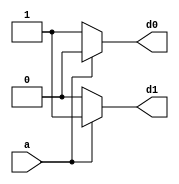
module decoder(a,d0,d1);
input a;
output reg d0,d1;
always @(*)begin
  if(a==1'b0)begin
   d0=1'b1;
   d1=1'b0;
  end 
  else begin
   d0=1'b0;
   d1=1'b1;
  end
end
endmodule